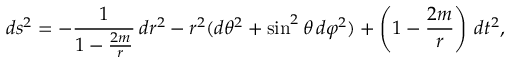
d s ^ { 2 } = - { \frac { 1 } { 1 - { \frac { 2 m } { r } } } } \, d r ^ { 2 } - r ^ { 2 } ( d \theta ^ { 2 } + \sin ^ { 2 } \theta \, d \varphi ^ { 2 } ) + \left( 1 - { \frac { 2 m } { r } } \right) \, d t ^ { 2 } ,